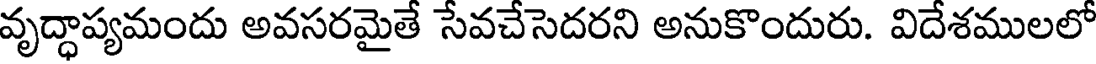
వృద్ధాప్యమందు అవసరమైతే సేవచేసెదరని అనుకొందురు. విదేశములలో